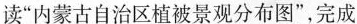
读”内蒙古自治区植被景观分布图”，完成